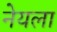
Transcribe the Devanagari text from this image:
नेयला